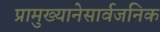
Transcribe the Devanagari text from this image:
प्रामुख्यानेसार्वजनिक